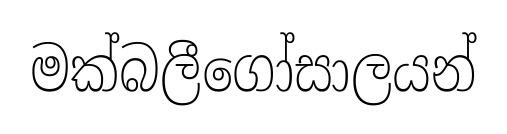
මක්බලීගෝසාලයන්